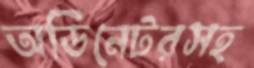
অর্ডিনেটরসহ